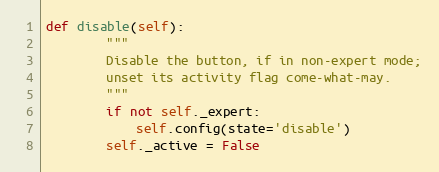
Language: Python
def disable(self):
        """
        Disable the button, if in non-expert mode;
        unset its activity flag come-what-may.
        """
        if not self._expert:
            self.config(state='disable')
        self._active = False